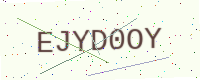
Text: EJYD0OY